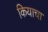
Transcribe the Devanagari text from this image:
कियाचा